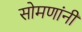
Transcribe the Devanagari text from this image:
सोमणांनी